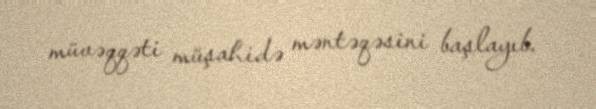
müvəqqəti müşahidə məntəqəsini başlayıb.